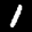
Label: 1